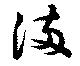
満